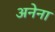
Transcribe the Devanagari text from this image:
अनेना